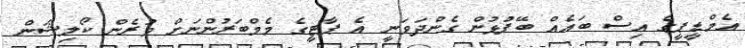
އެމްޑީޕީގެ އިސް ބައެއް ބޭފުޅުން ގެންދަވަނީ އެ ޕާޓީގެ މެމްބަރުންނަށް ވުރެން ކޯލިޝަން